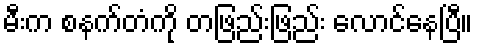
မီးက စနက်တံကို တဖြည်းဖြည်း လောင်နေပြီ။